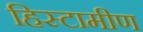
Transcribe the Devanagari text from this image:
हिस्टामीण